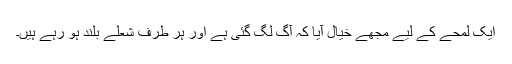
ایک لمحے کے لیے مجھے خیال آیا کہ آگ لگ گئی ہے اور ہر طرف شعلے بلند ہو رہے ہیں۔